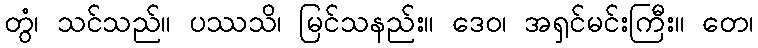
တွံ၊ သင်သည်။ ပဿသိ၊ မြင်သနည်း။ ဒေဝ၊ အရှင်မင်းကြီး။ တေ၊